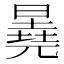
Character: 𬁕